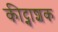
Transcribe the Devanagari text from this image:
कीट्नाशक